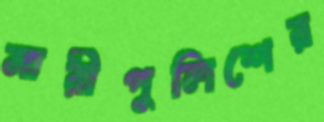
নারীপুলিশের